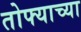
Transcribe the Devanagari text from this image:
तोफ्याच्या